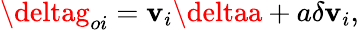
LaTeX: \deltag_{oi}=\mathbf{v}_{i}\deltaa+a\delta\mathbf{v}_{i},